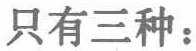
只有三种：